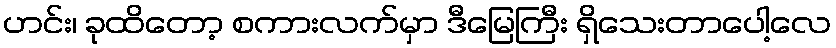
ဟင်း၊ ခုထိတော့ စကားလက်မှာ ဒီမြေကြီး ရှိသေးတာပေါ့လေ